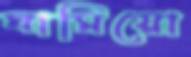
ঘামিয়ো